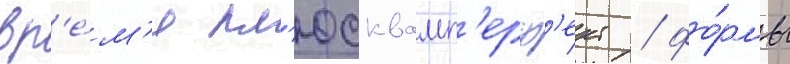
вр'е́м'я пл'юсквамп'ерф'ект / фо́рмы